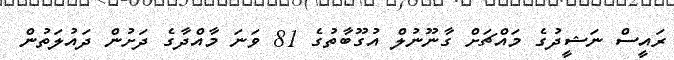
ރައީސް ނަޝީދުގެ މައްޗަށް ގާނޫނުލް އުގޫބާތުގެ 81 ވަނަ މާއްދާގެ ދަށުން ދައުލަތުން